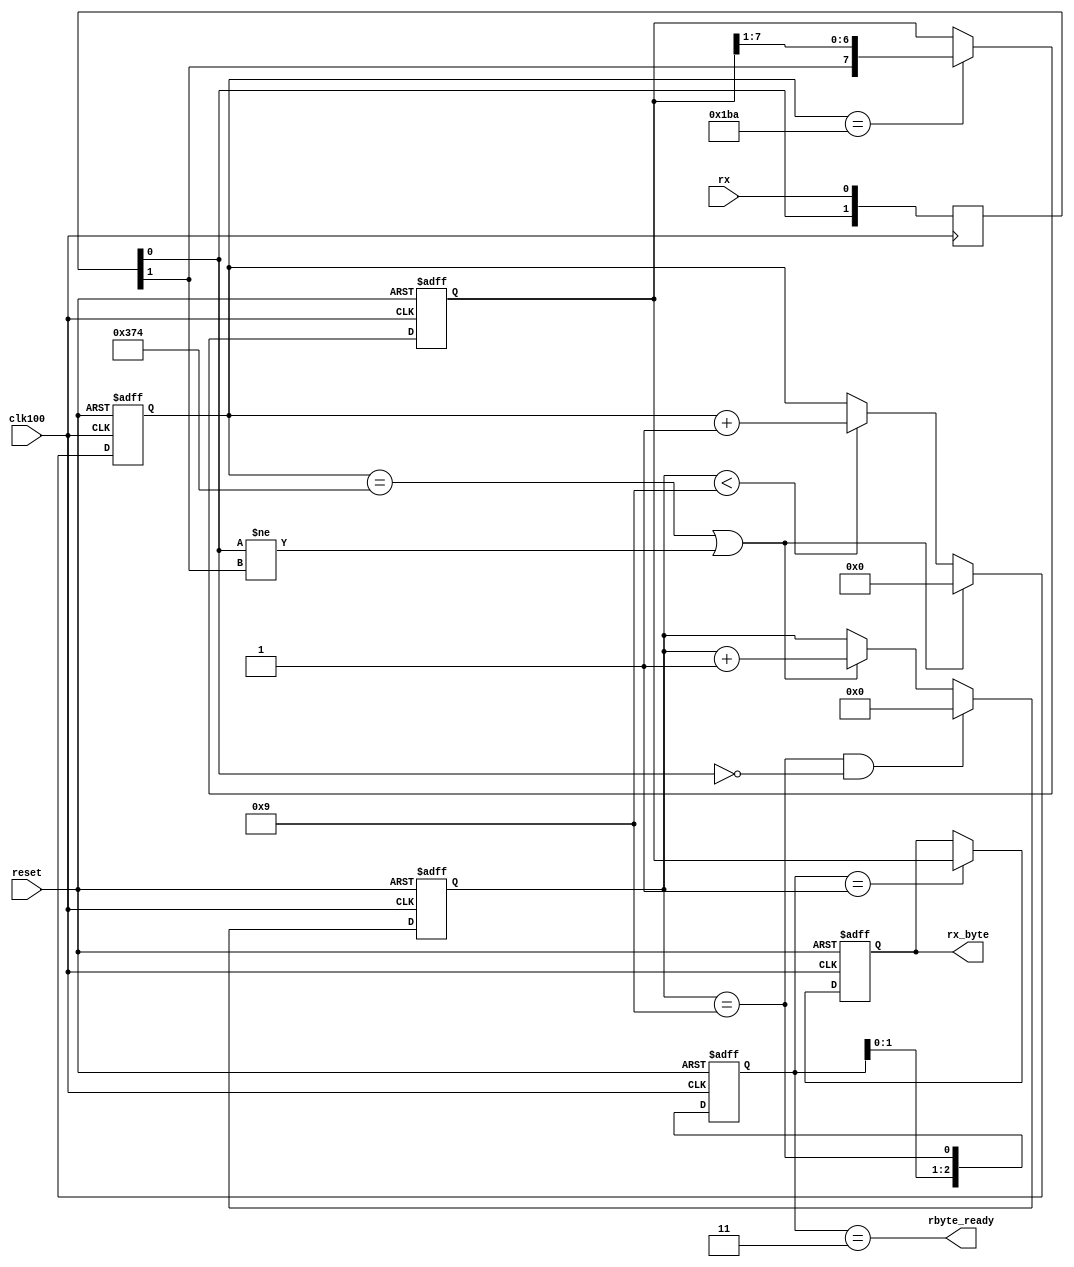
  
module serial(
	input wire reset,
	input wire clk100,	//100MHz
	input wire rx,
	output reg [7:0]rx_byte,
	output reg rbyte_ready
	);

parameter RCONST = 868+16; //115200bps

reg [1:0]shr;
always @(posedge clk100)
	shr <= {shr[0],rx};
wire rxf; assign rxf = shr[1];
wire rx_edge; assign rx_edge = shr[0]!=shr[1];

reg [15:0]cnt;
wire bit_strobe; assign bit_strobe = (cnt==RCONST || rx_edge);

reg [3:0]num_bits;
reg [7:0]shift_reg;

always @(posedge clk100 or posedge reset)
begin
	if(reset)
		cnt <= 0;
	else
	begin
		if( bit_strobe )
			cnt <= 0;
		else
		if(num_bits<9)
			cnt <= cnt + 1'b1;
	end
end

always @(posedge clk100 or posedge reset)
begin
	if(reset)
	begin
		num_bits <= 0;
		shift_reg <= 0;
	end
	else
	begin
		if(num_bits==9 && shr[0]==1'b0 )
			num_bits <= 0;
		else
		if( bit_strobe )
			num_bits <= num_bits + 1'b1;
				
		
		if( cnt == RCONST/2 )
			shift_reg <= {rxf,shift_reg[7:1]};
	end
end

reg [2:0]flag;
always @(posedge clk100 or posedge reset)
	if(reset)
		flag <= 3'b000;
	else
		flag <= {flag[1:0],(num_bits==9)};

always @*
	rbyte_ready = (flag==3'b011);

always @(posedge clk100 or posedge reset)
	if(reset)
		rx_byte <= 0;
	else
	if(flag==3'b001)
		rx_byte <= shift_reg[7:0];

	
endmodule

module tx_serial(
	input wire reset,
	input wire clk100,
	input wire [7:0]sbyte,
	input wire send,
	output reg tx,
	output reg busy 
);

parameter RCONST = 868;

reg [8:0]send_reg;
reg [3:0]send_num;
reg [31:0]send_cnt;

wire send_time; assign send_time = (send_cnt == RCONST);

always @(posedge clk100 or posedge reset)
begin
	if(reset)
	begin
		send_reg <= 0;
		send_num <= 0;
		send_cnt <= 0;
	end
	else
	begin
		if( send || send_time )
			send_cnt <= 0;
		else
			send_cnt <= send_cnt + 1'b1;
        
		if(send)
		begin
			send_reg <= {sbyte,1'b0};
			send_num <= 0;
		end
		else
		if(send_time && send_num!=10)
		begin
			send_reg <= {1'b1,send_reg[8:1]};
			send_num <= send_num + 1'b1;
		end
	end
end

always @*
begin
    busy = send_num!=10;
    tx = send_reg[0];
end
    
endmodule